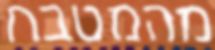
מהמטבח